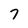
Character: 7